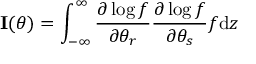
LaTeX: \mathbf { I } ( \theta ) = \int _ { - \infty } ^ { \infty } { \frac { \partial \log f } { \partial \theta _ { r } } } { \frac { \partial \log f } { \partial \theta _ { s } } } f \mathrm { d } z